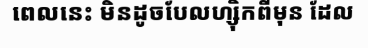
ពេលនេះ មិនដូចបែលហ្ស៊ិកពីមុន ដែល